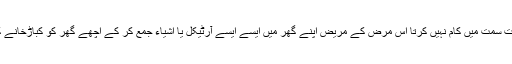
ماہرین نفسیات کا کہنا ہے کہ Psychopathy ایک ذہنی بیماری ہے جس میں انسان کا دماغ درست سمت میں کام نہیں کرتا اس مرض کے مریض اپنے گھر میں ایسے ایسے آرٹیکل یا اشیاء جمع کر کے اچھے گھر کو کباڑخانے کی طرح ایسی ایسی چیزوں سے بھر دیتے ہیں جن کی ان کو قطعی طور پر ضرورت ہی نہیں ہوتی۔